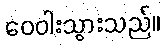
ဝေဝါးသွားသည်။